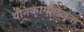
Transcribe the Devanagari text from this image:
यौनकामोत्तेजना